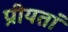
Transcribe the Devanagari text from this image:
प्रीयतां